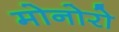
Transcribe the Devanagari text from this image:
मोनोरो